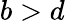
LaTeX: b>d